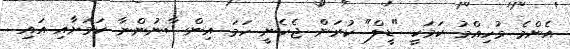
އެންމެ މުހިއްމު ކަމަކީ "ޑީލް" ކުރަން ޖެހެނީ ހަމަ އިންސާނުންނާ ކަމަށާއި އައި